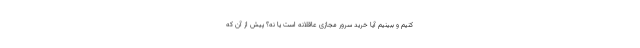
کنیم و ببینیم آیا خرید سرور مجازی عاقلانه است یا نه؟ پیش از آن که